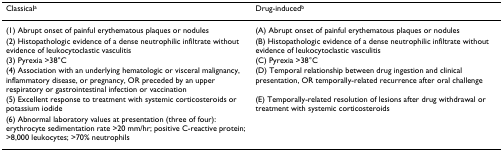
<table><thead><tr><td><b>Classical<sup>a</sup></b></td><td><b>Drug-induced<sup>b</sup></b></td></tr></thead><tbody><tr><td>(1) Abrupt onset of painful erythematous plaques or nodules</td><td>(A) Abrupt onset of painful erythematous plaques or nodules</td></tr><tr><td>(2) Histopathologic evidence of a dense neutrophilic infiltrate without evidence of leukocytoclastic vasculitis</td><td>(B) Histopathologic evidence of a dense neutrophilic infiltrate without evidence of leukocytoclastic vasculitis</td></tr><tr><td>(3) Pyrexia &gt;38°C</td><td>(C) Pyrexia &gt;38°C</td></tr><tr><td>(4) Association with an underlying hematologic or visceral malignancy, inflammatory disease, or pregnancy, OR preceded by an upper respiratory or gastrointestinal infection or vaccination</td><td>(D) Temporal relationship between drug ingestion and clinical presentation, OR temporally-related recurrence after oral challenge</td></tr><tr><td>(5) Excellent response to treatment with systemic corticosteroids or potassium iodide</td><td>(E) Temporally-related resolution of lesions after drug withdrawal or treatment with systemic corticosteroids</td></tr><tr><td>(6) Abnormal laboratory values at presentation (three of four): erythrocyte sedimentation rate &gt;20 mm/hr; positive C-reactive protein; &gt;8,000 leukocytes; &gt;70% neutrophils</td><td></td></tr></tbody></table>